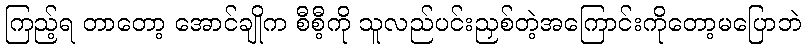
ကြည့်ရ တာတော့ အောင်ချိုက စီစီ့ကို သူလည်ပင်းညှစ်တဲ့အကြောင်းကိုတော့မပြောဘဲ